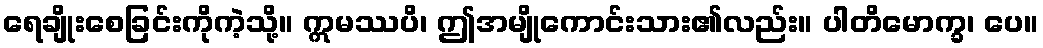
ရေချိုးစေခြင်းကိုကဲ့သို့။ ဣမဿပိ၊ ဤအမျိုကောင်းသား၏လည်း။ ပါတိမောက္ခ၊ ပေ။